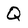
Character: Q